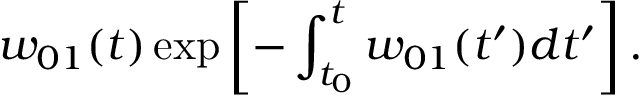
w _ { 0 1 } ( t ) \exp \left[ - \int _ { t _ { 0 } } ^ { t } w _ { 0 1 } ( t ^ { \prime } ) d t ^ { \prime } \right] .